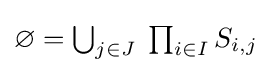
{\textstyle \varnothing =\bigcup _{j\in J}\;\prod _{i\in I}S_{i,j}}